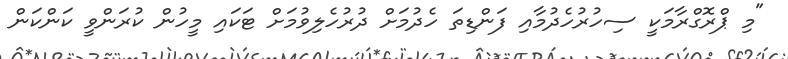
"މި ޕްރޮގްރާމަކީ ސިހުރުހެދުމާއި ފަންޑިތަ ހެދުމަށް ދުރުހެލިވުމަށް ޓަކައި މީހުން ކުރަންވީ ކަންކަން